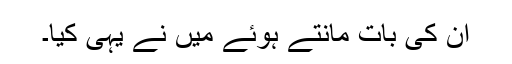
ان کی بات مانتے ہوئے میں نے یہی کیا۔